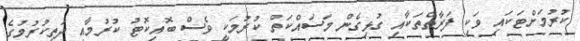
ކުރުމަށްޓަކައި ވަކި ފަރާތްތަކާއި ގުޅިގެން މަސައްކަތް ކުރުމަކީ ވެސް ބޮއިކޮޓު ކުރުމާއި ދަތިކުރުމުގެ